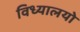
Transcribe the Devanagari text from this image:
विध्यालयो